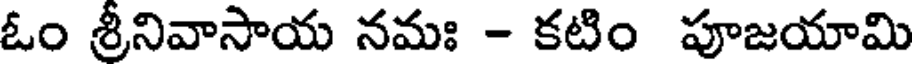
ఓం శ్రీనివాసాయ నమః - కటిం పూజయామి